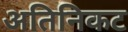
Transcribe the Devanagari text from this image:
अतिनिकट